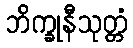
ဘိက္ခုနီသုတ္တံ